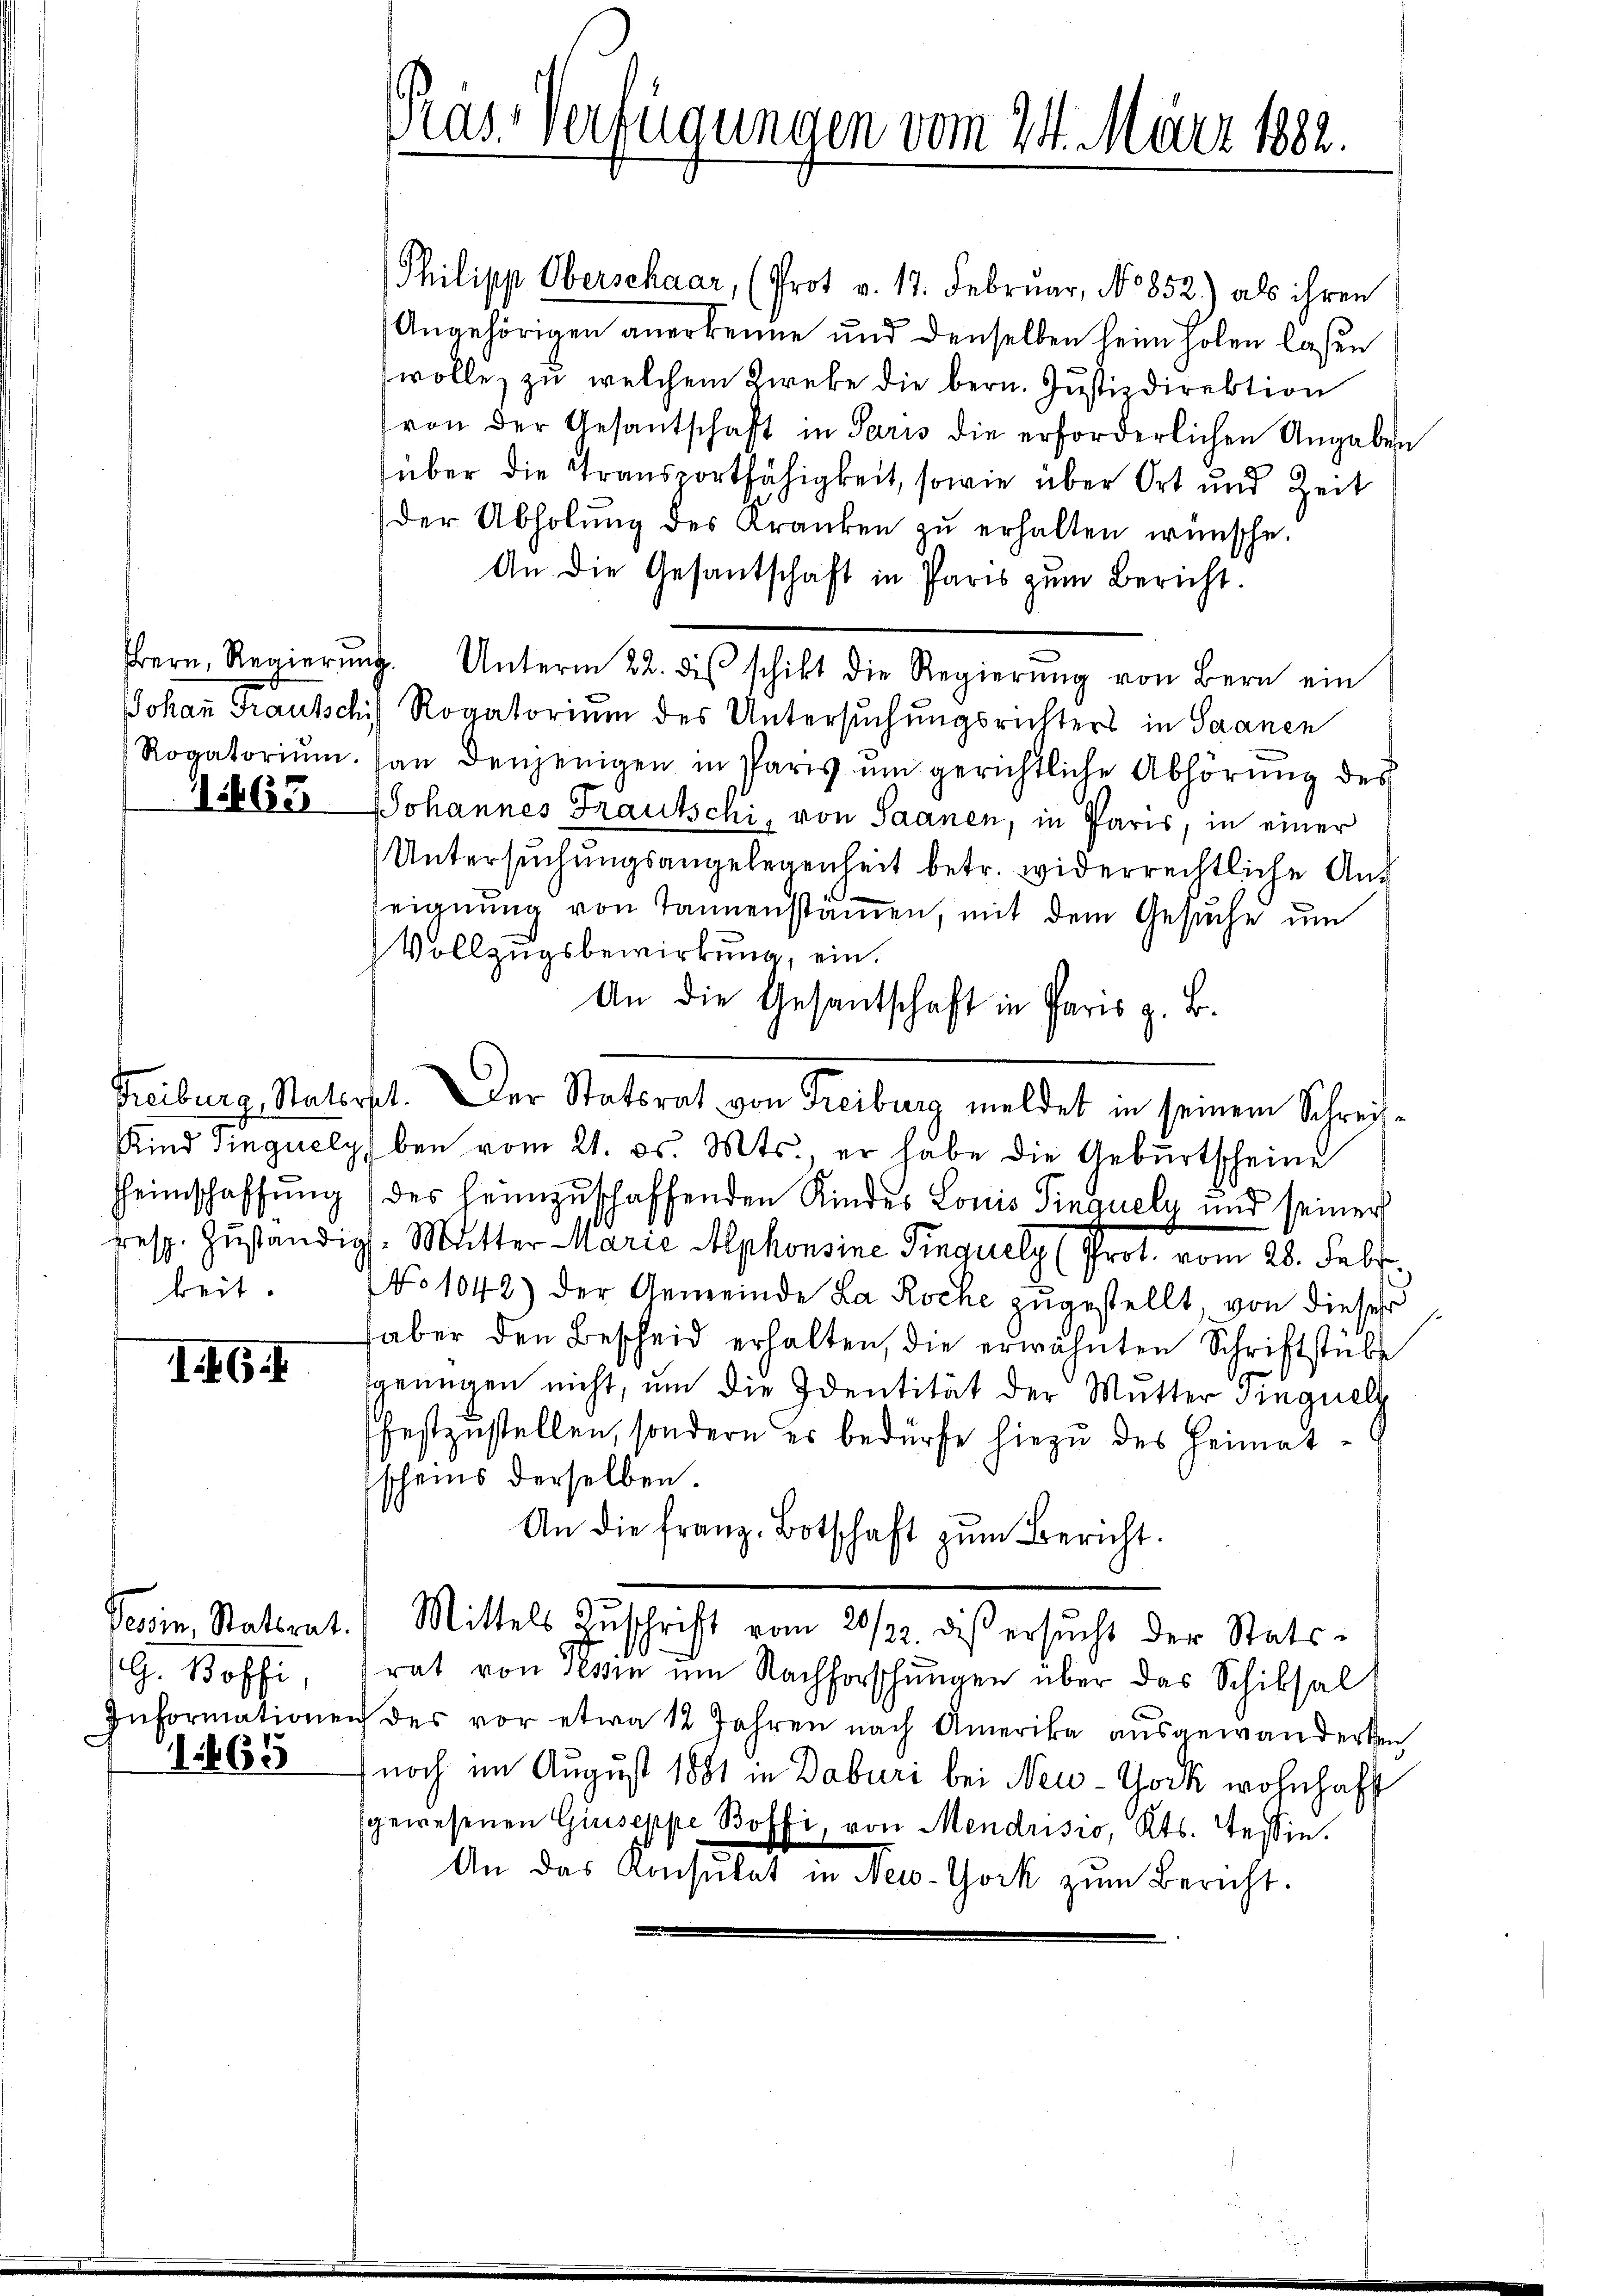
1463

keit.

146.

G. Boffi

1465

Philipp Oberschaar, (Prot v. 17. Februar, No 852) als ihren
Angehörigen anerkenne und denselben heim holen laßen
wolle zŭ welchem Zweke die bern. Justizdirektion
von der Gesantschaft in Paris die erforderlichen Angaben
über die Transportfähigkeit, sowie über Ort und Zeit
der Abholung des Kranken zu erhalten wünsche.
An die Gesantschaft in Paris zŭm Bericht.
Bern, Regierŭng. Unterm 22. des schikt die Regierŭng von Bern ein
Johann Krausschil Rogatorium des Untersuchungsrichters in Saanen
Rogatoriŭm an denjenigen in Paris ŭm gerichtliche Abhörŭng des
JJohannes Frautschi, von Saanen, in Paris, in einer
Untersuchungsangelegenheit betr. widerrechtliche Auf
seignung von Tannenstamen, mit dem Gesuche um
Vollzugsbewirkung, ein.
An die Gesantschaft in Paris z. B.
Freiburg, Naterst. Der Statsrat von Freiburg meldet in seinem Schreif¬
Kind singuelyben vom 21. ds. Mts., er habe die Gebŭrtscheine
Heimschaffung (des heimzuschaffenden Kindes Louis Pinguely und seiner
rresp. Zŭständigs-Mutter Marie Alphonsine Pinguely (Prot. vom 28. Febr.
No 1042) der Gemeinde La Roche zugestellt, von dieser
aber den Bescheid erhalten, die erwähnten Schriftstübe
sgenügen nicht, um die Identität der Mutter dinguelt
festzustellen, sondern es bedürfe hiezu des Heimat-
scheins derselben.
An die franz Botschaft zŭm Bericht.
Vevin, Stattrat. Mittels Zŭschrift vom 20/22. diβ ersŭcht der Stats-
rat von Tessin um Nachforschungen über das Schiksal
Informationen des vor etwa 12 Jahren nach Amerika ausgewanderten
noch im August 1881 in Doburi bei New-York wohnhaft
sgewesenen Giuseppe Boffi, von Mendrisio, Kts. Tessin.
An das Konsulat in New-York zum Bericht.

Pras Verfügungen vom 24. März 1882.